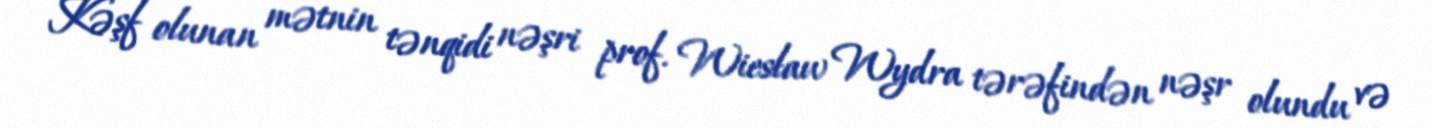
Kəşf olunan mətnin tənqidi nəşri prof. Wiesław Wydra tərəfindən nəşr olundu və